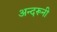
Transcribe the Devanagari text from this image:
अन्‍दरूनी